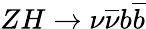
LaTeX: ZH\rightarrow\nu\overline{{\nu}}b\overline{{b}}